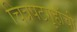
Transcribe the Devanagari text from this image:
चित्रपटगृहांची